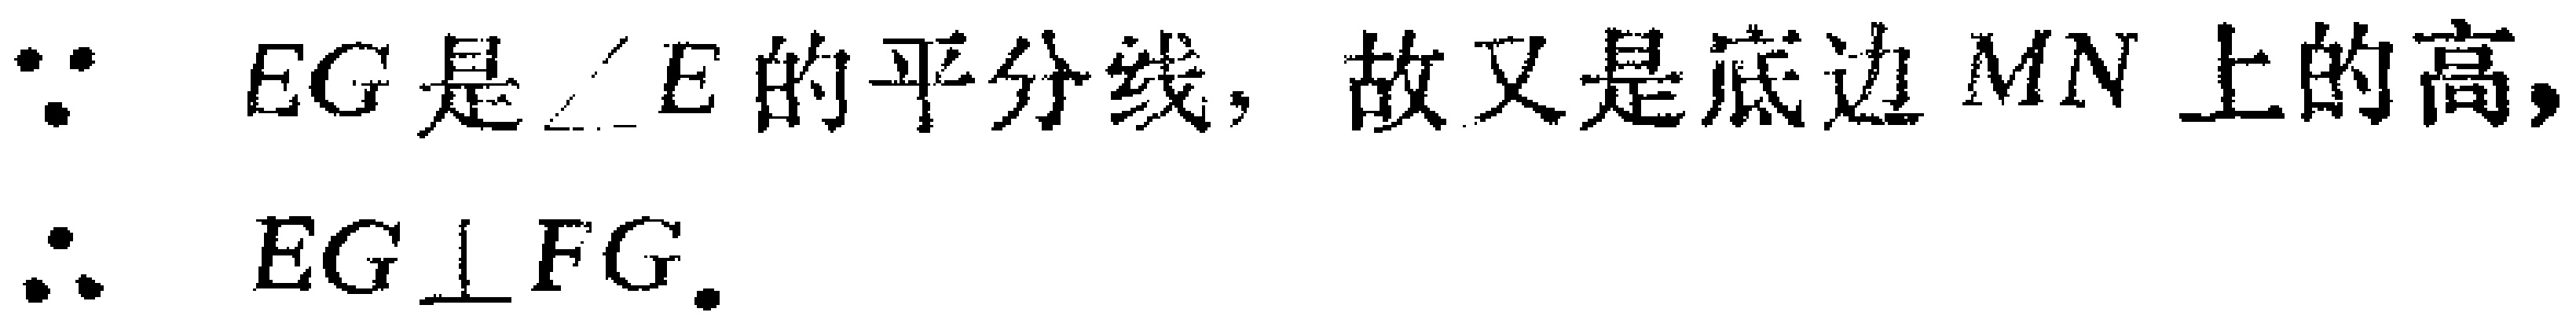
$\because$ $EG$ 是 $\angle E$ 的平分线，故又是底边 $MN$ 上的高，
$\therefore$ $EG \perp FG$.